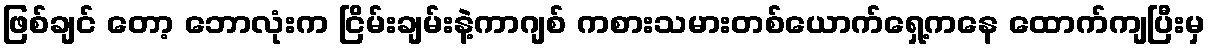
ဖြစ်ချင် တော့ ဘောလုံးက ငြိမ်းချမ်းနဲ့ကာဂျစ် ကစားသမားတစ်ယောက်ရှေ့ကနေ ထောက်ကျပြီးမှ